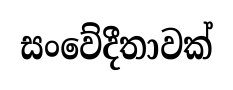
සංවේදීතාවක්